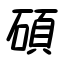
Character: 碩